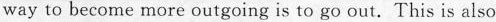
way to become more outgoing is to go out. This is also